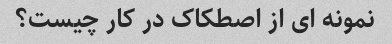
نمونه ای از اصطکاک در کار چیست؟